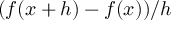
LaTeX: ( f ( x + h ) - f ( x ) ) / h